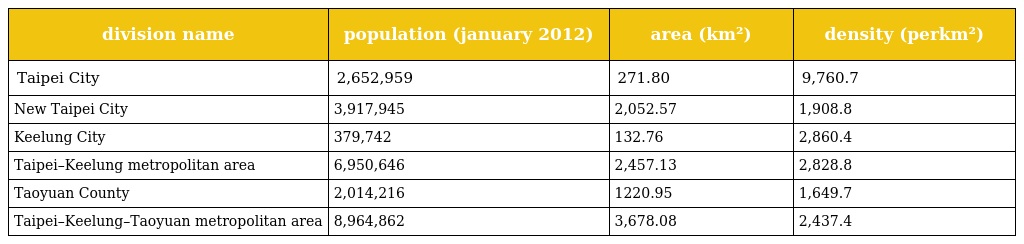
| division name | population (january 2012) | area (km²) | density (perkm²) |
 | --- | --- | --- | --- |
 | Taipei City | 2,652,959 | 271.80 | 9,760.7 |
 | New Taipei City | 3,917,945 | 2,052.57 | 1,908.8 |
 | Keelung City | 379,742 | 132.76 | 2,860.4 |
 | Taipei–Keelung metropolitan area | 6,950,646 | 2,457.13 | 2,828.8 |
 | Taoyuan County | 2,014,216 | 1220.95 | 1,649.7 |
 | Taipei–Keelung–Taoyuan metropolitan area | 8,964,862 | 3,678.08 | 2,437.4 |